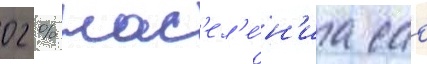
02 % нас'ел'е́н'иа сао